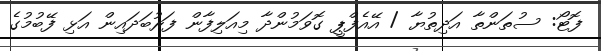
ފޮޓޯ: ސުތަންތާ އަދިތުޔާ / އޭއެފްޕީ ގޮވަމުންދާ މިއަލިފާން ފަރުބަދައިން އަޅި ފޭބުމުގެ